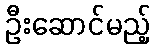
ဦးဆောင်မည့်